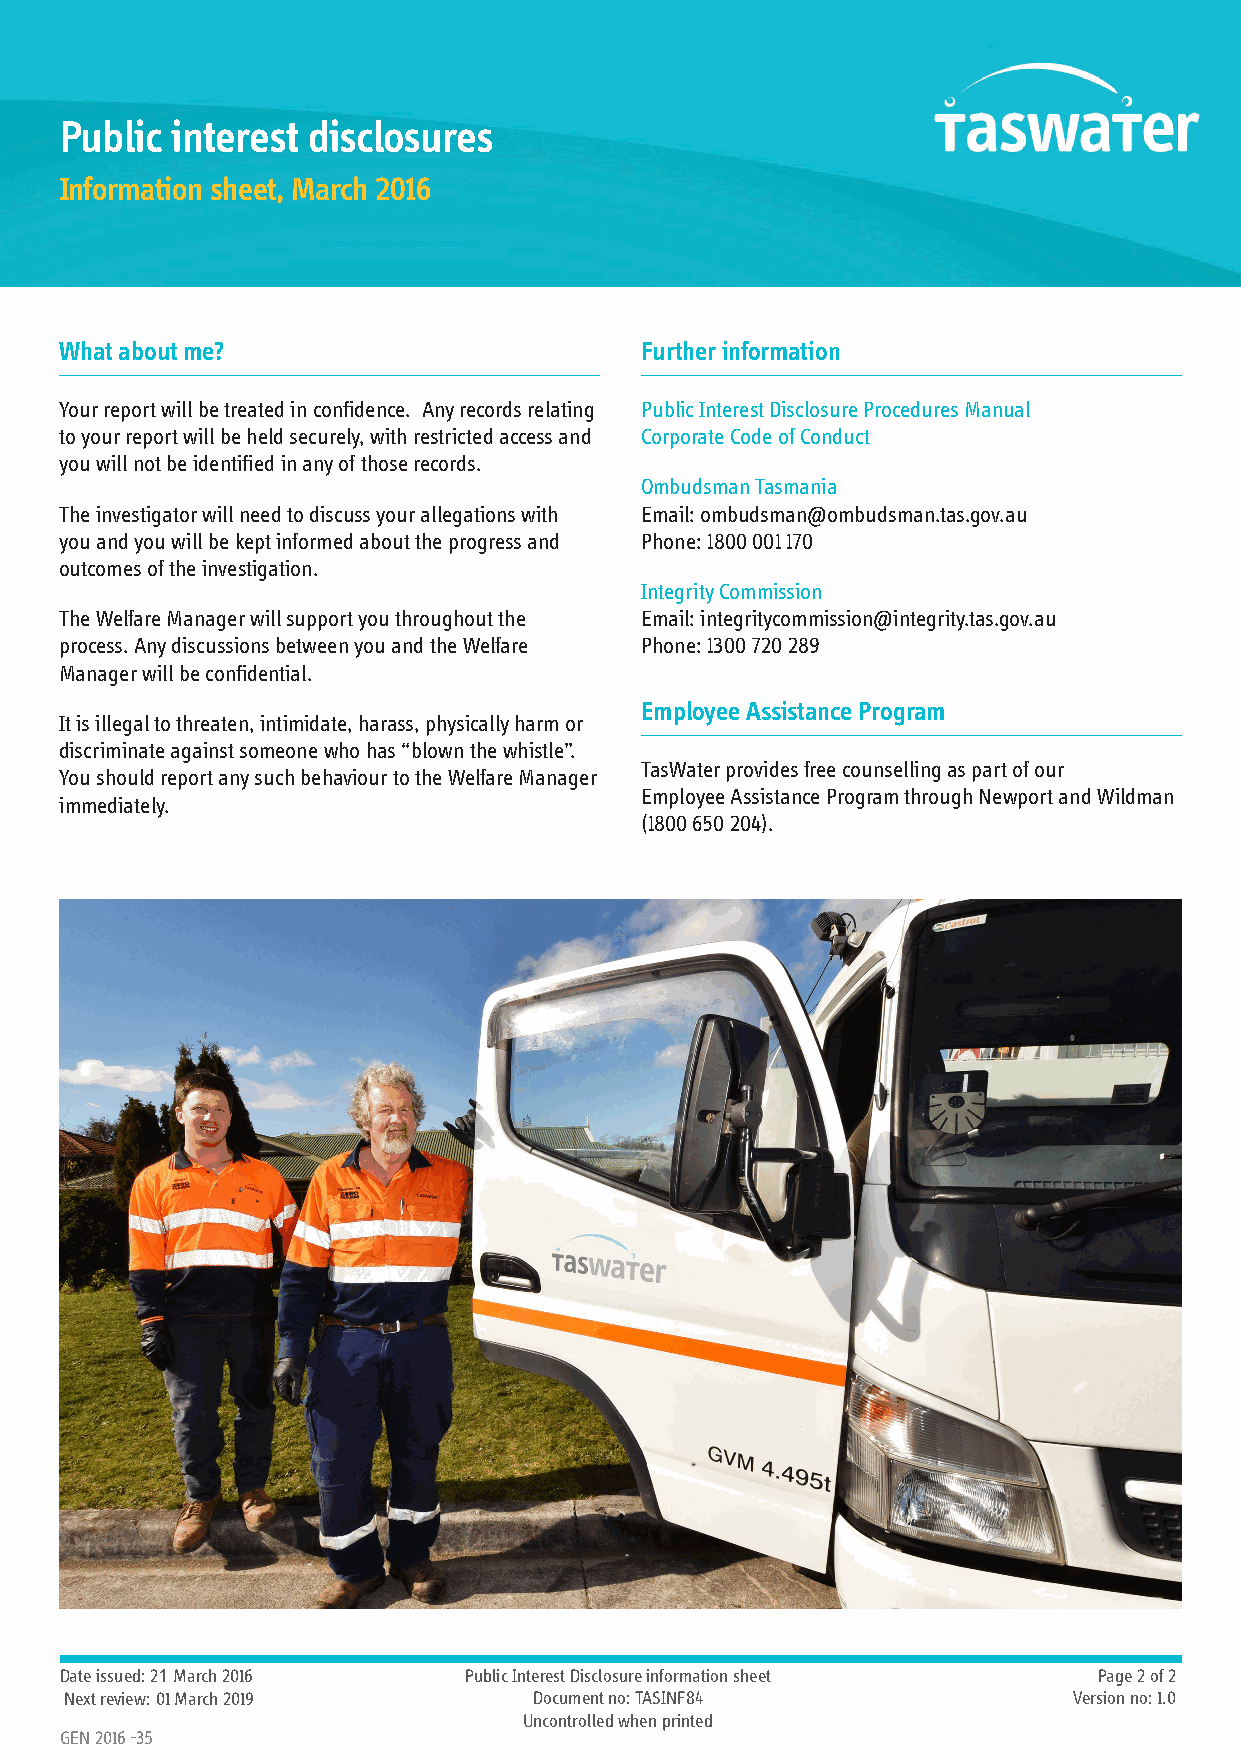
Public interest disclosures
 Information sheet, March 2016
 What about me?                        Further information
 Your report will be treated in confidence. Any records relating Public Interest Disclosure Procedures Manual
 to your report will be held securely, with restricted access and Corporate Code of Conduct
 you will not be identified in any of those records.
 Ombudsman Tasmania
 The investigator will need to discuss your allegations with Email: ombudsman@ombudsman.tas.gov.au
 you and you will be kept informed about the progress and Phone: 1800 001 170
 outcomes of the investigation.
 Integrity Commission
 The Welfare Manager will support you throughout the Email: integritycommission@integrity.tas.gov.au
 process. Any discussions between you and the Welfare Phone: 1300 720 289
 Manager will be confidential.
 Employee Assistance Program
 It is illegal to threaten, intimidate, harass, physically harm or
 discriminate against someone who has “blown the whistle”.
 TasWater provides free counselling as part of our
 You should report any such behaviour to the Welfare Manager
 Employee Assistance Program through Newport and Wildman
 immediately.
 (1800 650 204).
 Date issued: 21 March 2016 Public Interest Disclosure information sheet Page 2 of 2
 Next review: 01 March 2019     Document no: TASINF84               Version no: 1.0
 Uncontrolled when printed
 GEN 2016 -35